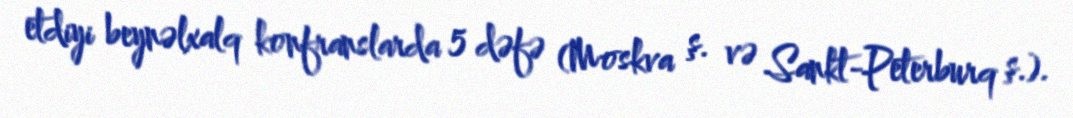
etdiyi beynəlxalq konfranslarda 5 dəfə (Moskva ş. və Sankt-Peterburq ş.).